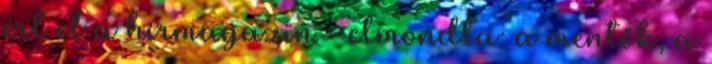
ért el a hírmagazin - elmondta: a mentők, a